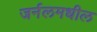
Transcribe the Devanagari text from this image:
जर्नलमधील